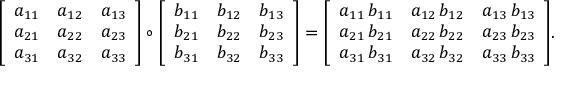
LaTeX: { \left[ \begin{array} { l l l } { a _ { 1 1 } } & { a _ { 1 2 } } & { a _ { 1 3 } } \\ { a _ { 2 1 } } & { a _ { 2 2 } } & { a _ { 2 3 } } \\ { a _ { 3 1 } } & { a _ { 3 2 } } & { a _ { 3 3 } } \end{array} \right] } \circ { \left[ \begin{array} { l l l } { b _ { 1 1 } } & { b _ { 1 2 } } & { b _ { 1 3 } } \\ { b _ { 2 1 } } & { b _ { 2 2 } } & { b _ { 2 3 } } \\ { b _ { 3 1 } } & { b _ { 3 2 } } & { b _ { 3 3 } } \end{array} \right] } = { \left[ \begin{array} { l l l } { a _ { 1 1 } \, b _ { 1 1 } } & { a _ { 1 2 } \, b _ { 1 2 } } & { a _ { 1 3 } \, b _ { 1 3 } } \\ { a _ { 2 1 } \, b _ { 2 1 } } & { a _ { 2 2 } \, b _ { 2 2 } } & { a _ { 2 3 } \, b _ { 2 3 } } \\ { a _ { 3 1 } \, b _ { 3 1 } } & { a _ { 3 2 } \, b _ { 3 2 } } & { a _ { 3 3 } \, b _ { 3 3 } } \end{array} \right] } .